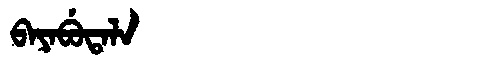
Manchu: ᠪᠠᠶᠠᠪᡠᡨᠠᠯᠠ
Romanization: BAYABUTALA